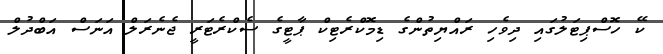
ކޭ ހޮސްޕިޓަލުގައި ދިވެހި ރައްޔިތުންގެ ޑިމޮކްރެޓިކް ޕާޓީގެ ސެކްރެޓަރީ ޖެނެރަލް އަނަސް އަބްދުލް